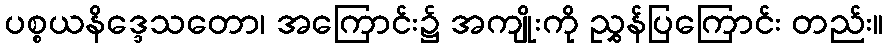
ပစ္စယနိဒ္ဒေသတော၊ အကြောင်း၌ အကျိုးကို ညွှန်ပြကြောင်း တည်း။